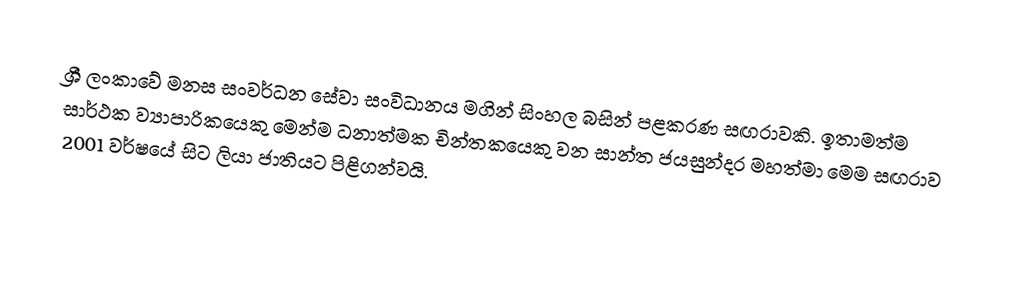
ශ්‍රී ලංකාවේ මනස සංවර්ධන සේවා සංවිධානය මගින් සිංහල බසින් පළකරණ සඟරාවකි. ඉතාමත්ම සාර්ථක ව්‍යාපාරිකයෙකු මෙන්ම ධනාත්මක චින්තකයෙකු වන සාන්ත ජයසුන්දර මහත්මා මෙම සඟරාව 2001 වර්ෂයේ සිට ලියා ජාතියට පිළිගන්වයි.